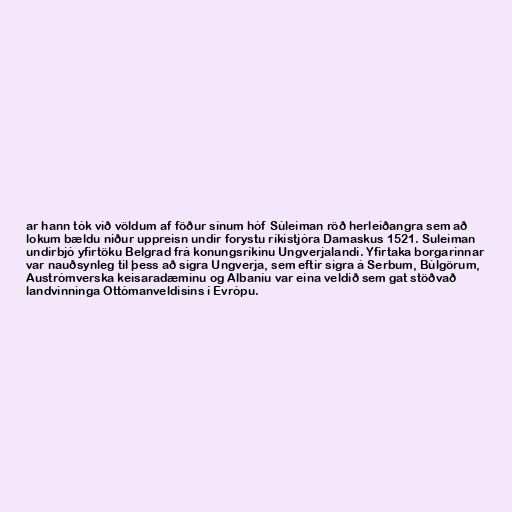
ar hann tók við völdum af föður sínum hóf Súleiman röð herleiðangra sem að
lokum bældu niður uppreisn undir forystu ríkistjóra Damaskus 1521. Suleiman
undirbjó yfirtöku Belgrad frá konungsríkinu Ungverjalandi. Yfirtaka borgarinnar
var nauðsynleg til þess að sigra Ungverja, sem eftir sigra á Serbum, Búlgörum,
Austrómverska keisaradæminu og Albaníu var eina veldið sem gat stöðvað
landvinninga Ottómanveldisins í Evrópu.